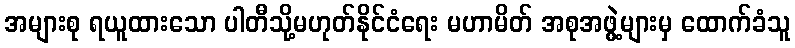
အများစု ရယူထားသော ပါတီသို့မဟုတ်နိုင်ငံရေး မဟာမိတ် အစုအဖွဲ့များမှ ထောက်ခံသူ